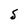
Character: S